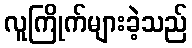
လူကြိုက်များခဲ့သည်